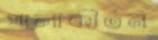
পালাকীর্তন